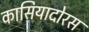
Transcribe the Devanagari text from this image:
कासियादोरस